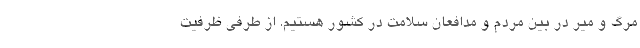
مرگ و میر در بین مردم و مدافعان سلامت در کشور هستیم. از طرفی ظرفیت